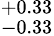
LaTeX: ^{+0.33}_{-0.33}